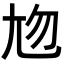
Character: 𡯖